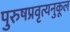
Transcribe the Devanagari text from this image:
पुरुषप्रवृत्यनुकूल